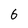
Character: 6